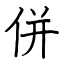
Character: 併